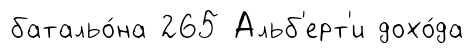
батальо́на 265 Альб'ерт'и дохо́да